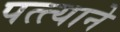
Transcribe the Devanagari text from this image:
पत्त्याने